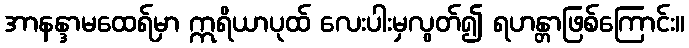
အာနန္ဒာမထေရ်မှာ ဣရိယာပုထ် လေးပါးမှလွတ်၍ ရဟန္တာဖြစ်ကြောင်း။